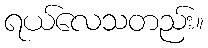
ရယ်လေသတည်း။